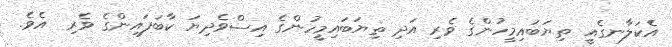
އެކަލާނގެއީ ތިޔަބައިމީހުންގެ ވެރި އަދި ތިޔަބައިމީހުންގެ އިސްވެދިޔަ ކާބަފައިންގެ ވެރި  އެވެ.